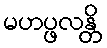
မဟပ္ဖလန္တိ